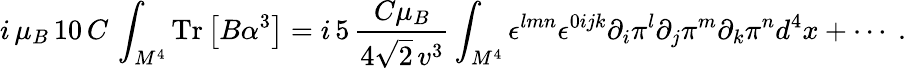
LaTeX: i\, \mu_{B}\, 10\, C\, \int_{M^{4}}\mathrm{Tr}\left[B\alpha^{3}\right]=i\, 5\, \frac{C\mu_{B}}{4\sqrt{2}\, v^{3}}\int_{M^{4}}\epsilon^{lmn}\epsilon^{0ijk}\partial_{i}\pi^{l}\partial_{j}\pi^{m}\partial_{k}\pi^{n}d^{4}x+\cdots\ .